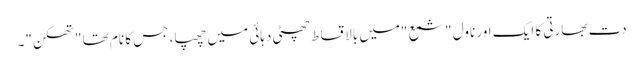
دت بھارتی کا ایک اور ناول "شمع "میں بالاقساط چھٹی دہائی میں چھپا، جس کا نام تھا "تھکن"۔